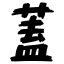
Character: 蓋